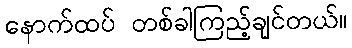
နောက်ထပ် တစ်ခါကြည့်ချင်တယ်။